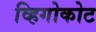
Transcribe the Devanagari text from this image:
व्हिगोकोट